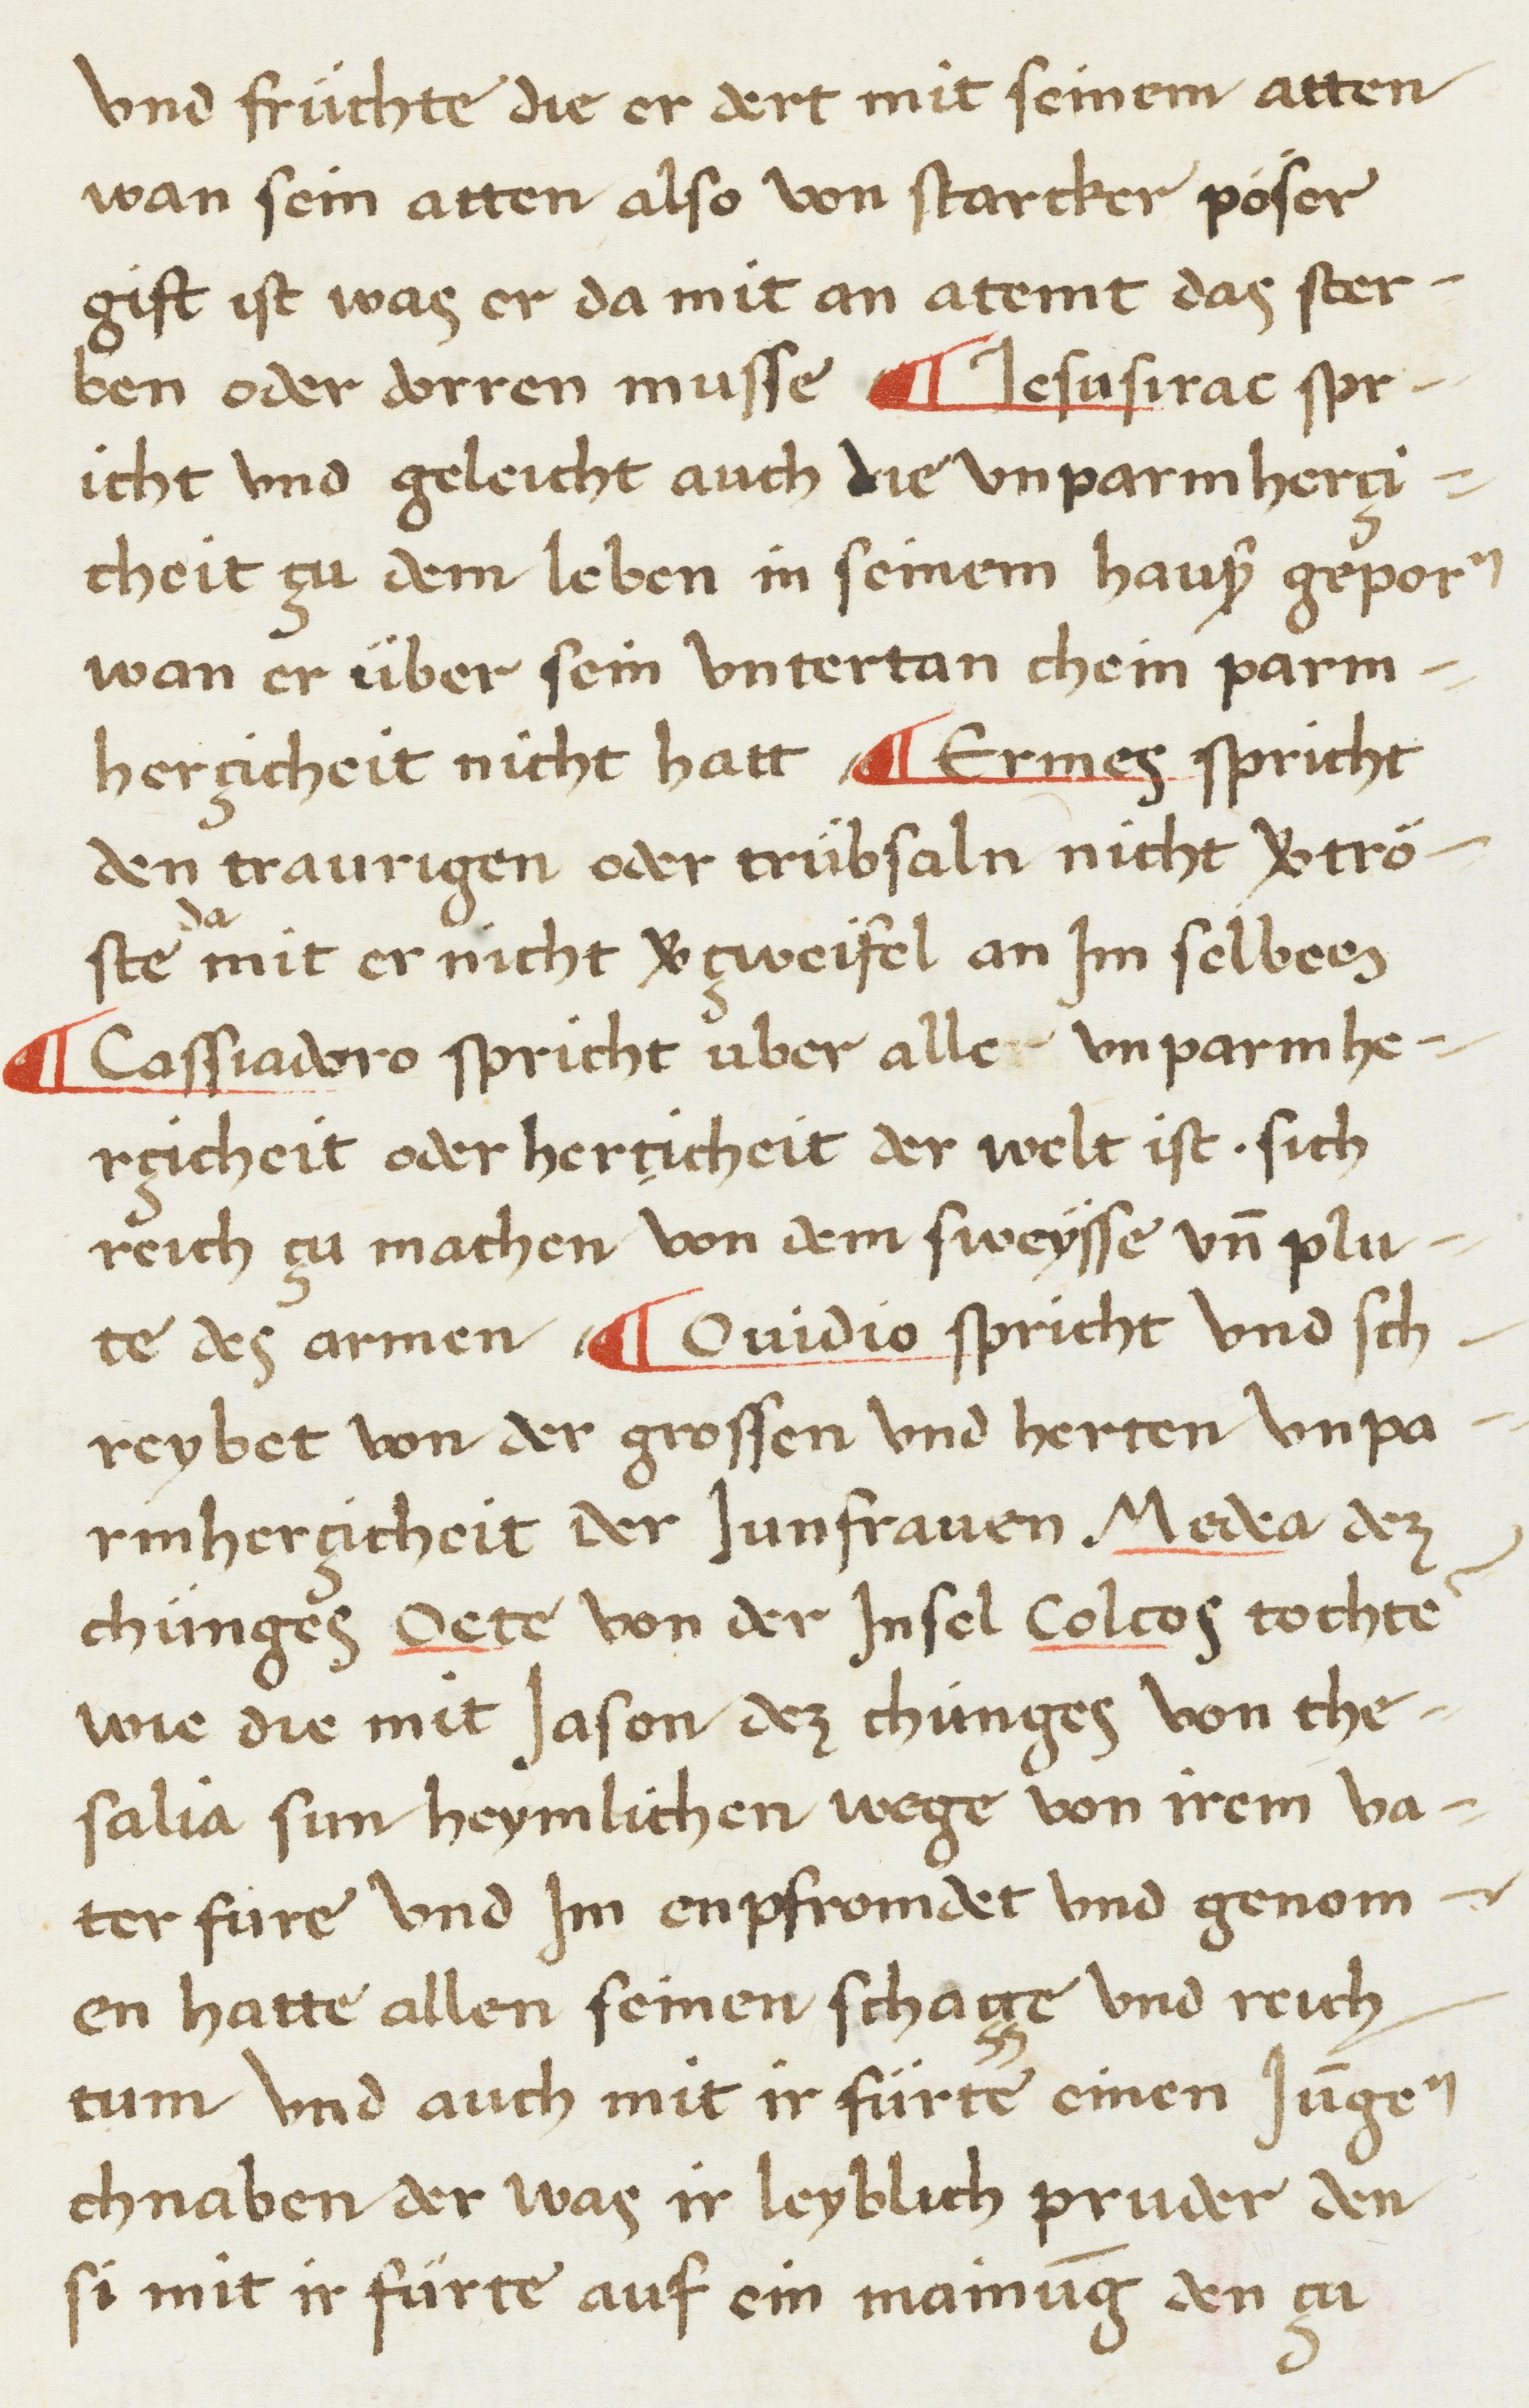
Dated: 1468–1468